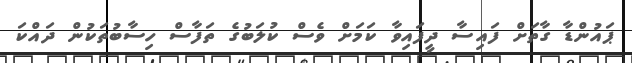
ޕައުންޑާ ގާތަށް ފައިސާ ދީފައިވާ ކަމަށް ވެސް ކުލަބުގެ ތަފާސް ހިސާބުތަކުން ދައްކަ